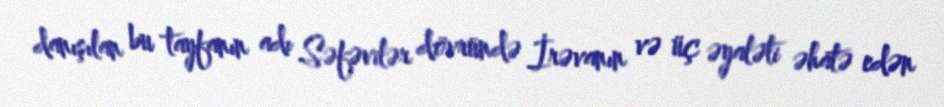
danışılan bu tayfanın adı Səfəvilər dövründə İrəvanın və üç əyaləti əhatə edən